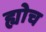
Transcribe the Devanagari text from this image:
ह्योच